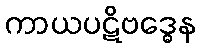
ကာယပဋိဗဒ္ဓေန